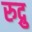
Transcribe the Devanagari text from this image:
रुद्रु